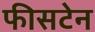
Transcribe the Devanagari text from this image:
फीसटेन